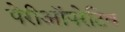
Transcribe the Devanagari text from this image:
पेरीऑपरेटिव